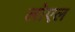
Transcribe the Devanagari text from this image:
लोएल